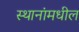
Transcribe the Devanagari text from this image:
स्थानांमधील